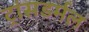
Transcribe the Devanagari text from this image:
ट्रांसडर्मल